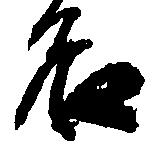
名